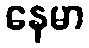
နေမာ